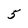
Character: 5